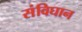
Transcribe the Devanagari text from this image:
संविघान